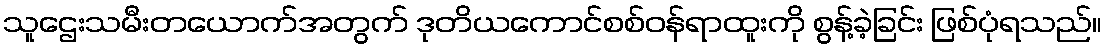
သူဌေးသမီးတယောက်အတွက် ဒုတိယကောင်စစ်ဝန်ရာထူးကို စွန့်ခဲ့ခြင်း ဖြစ်ပုံရသည်။